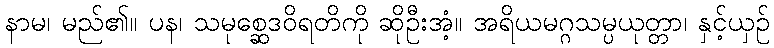
နာမ၊ မည်၏။ ပန၊ သမုစ္ဆေဒဝိရတိကို ဆိုဦးအံ့။ အရိယမဂ္ဂသမ္ပယုတ္တာ၊ နှင့်ယှဉ်